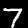
Digit: 7